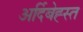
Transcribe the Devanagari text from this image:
अर्दिबेह्स्त